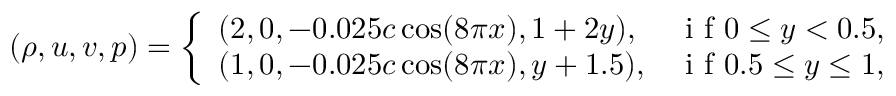
( \rho , u , v , p ) = \left\{ \begin{array} { l l } { ( 2 , 0 , - 0 . 0 2 5 c \cos ( 8 \pi x ) , 1 + 2 y ) , } & { \mathrm { ~ i ~ f ~ } 0 \leq y < 0 . 5 , } \\ { ( 1 , 0 , - 0 . 0 2 5 c \cos ( 8 \pi x ) , y + 1 . 5 ) , } & { \mathrm { ~ i ~ f ~ } 0 . 5 \leq y \leq 1 , } \end{array} \right.